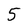
Character: 5